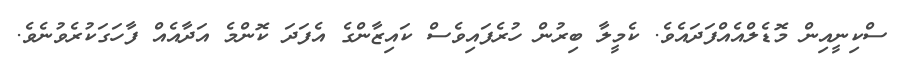
ސްކިނީއިން މޮޑެލްއެއްފަދައެވެ. ކެމީލާ ބިރުން ހުރެފައިވެސް ކައިޒާންގެ އެފަދަ ކޮންމެ އަދާއެއް ފާހަގަކުރެވުނެވެ.